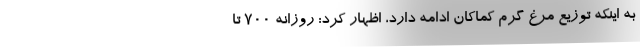
به اینکه توزیع مرغ گرم کماکان ادامه دارد، اظهار کرد: روزانه ۷۰۰ تا